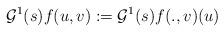
LaTeX: \begin{align*}\mathcal{G}^1(s)f(u,v):=\mathcal{G}^1(s)f(.,v)(u)\end{align*}